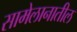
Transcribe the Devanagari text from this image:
सामेलानातील